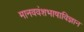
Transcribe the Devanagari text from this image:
मानववंशभाषाविज्ञान